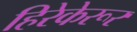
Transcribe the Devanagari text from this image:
हिरेकेरूर